Reports on dispensaries and lunatic asylums in the Province of Oudh - 1869-1876
Year: 1869
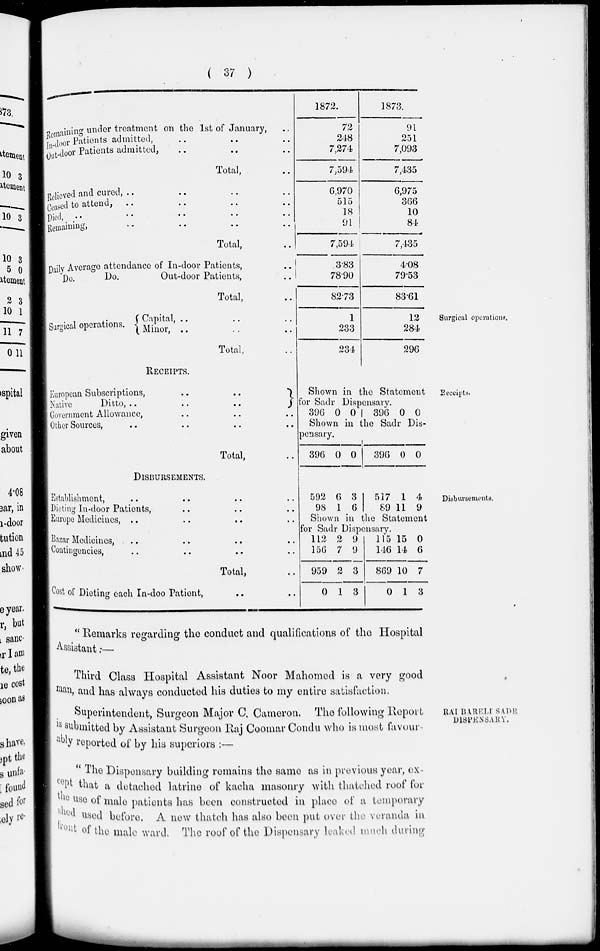
( 37 )
Remaining
under treatment on the 1st of January, ..
In-door Patients admitted, .. .. ..
Out-door Patients admitted, .. .. ..
Total, ..
Relieved and cured, .. .. .. ..
Ceased to attend, .. .. .. ..
Died, .. .. .. .. ..
Remaining, .. .. .. ..
Total, ..
Daily Average attendance of In-door Patients, ..
Do.
Do.
Out-door Patients, ..
Total, ..
1872.
72
248
7,274
7,594
6,970
515
18
91
7,594
3.83
78.90
82.73
1873.
91
251
7,093
7,435
6,975
366
10
84
7,435
4.08
79.53
83.61
Surgical operations.
Surgical operations. .. ..
Capital, .. .. ..
Minor, .. .. ..
Total, ..
1
233
234
12
284
296
Receipts.
RECEIPTS.
European
Subscriptions,
..
..
Native
Ditto,
..
..
..
Government Allowance, .. .. ..
Other Sources, .. .. ..
Total, ..
Shown in the Statement
for Sadr Dispensary.
396 0 0
396 0 0
Shown in the Sadr Dis-
pensary.
396 0 0
396 0 0
Disbursements.
DISBURSEMENTS.
Establishment, .. .. .. ..
Dieting In-door Patients, .. .. ..
Europe Medicines, .. .. .. ..
Bazar Medicines, .. .. .. ..
Contingencies, .. .. .. ..
Total, ..
Cost of Dieting each In-door Patient, .. ..
592
98
6
1
3
6
517
89
1
11
4
9
Shown in the Statement
for Sadr Dispensary.
112
156
959
0
2
7
2
1
9
9
3
3
115
116
869
0
15
14
10
1
0
6
7
3
" Remarks regarding the conduct and qualifications of the Hospital
Assistant:—
Third Class Hospital Assistant Noor Mahomed is a very good
man, and has always conducted his duties to my entire satisfaction.
RÁI BARELI SADR
DISPENSARY.
Superintendent, Surgeon Major C. Cameron. The following Report
is submitted by Assistant Surgeon Raj Coomar Condu who is most favour
ably reported of by his superiors :—
" The Dispensary building remains the same as in previous year, ex-
cept that a detached latrine of kacha masonry with thatched roof for
the use of male patients has been constructed in place of a temporary
shed used before. A new thatch has also been put over the veranda in
front of the male ward. The roof of the Dispensary leaked much during